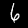
Label: 6